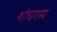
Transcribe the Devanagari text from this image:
शोधगम्‍य